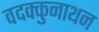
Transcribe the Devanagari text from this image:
वदक्कुनाथन